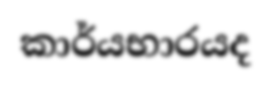
කාර්යභාරයද